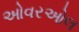
ઓવરઓલ